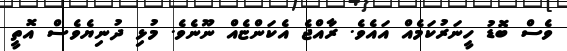
ވެސް ބޮޑު ހީނަރުކަމެއް އައެވެ. ރާއްޖެ އެކަންޏެއް ނޫނެވެ. މުޅި ދުނިޔެވެސް އޮތީ